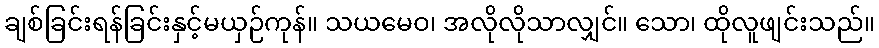
ချစ်ခြင်းရန်ခြင်းနှင့်မယှဉ်ကုန်။ သယမေဝ၊ အလိုလိုသာလျှင်။ သော၊ ထိုလူဖျင်းသည်။